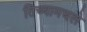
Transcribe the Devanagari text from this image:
तिच्यामधले